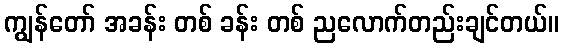
ကျွန်တော် အခန်း တစ် ခန်း တစ် ညလောက်တည်းချင်တယ်။